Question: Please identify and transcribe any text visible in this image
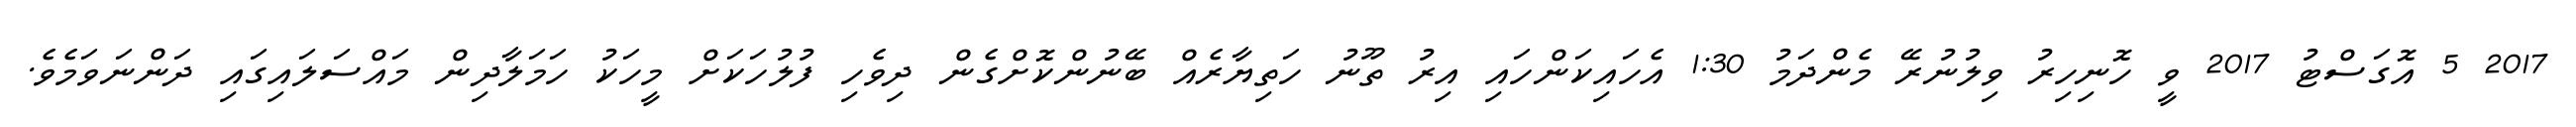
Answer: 2017 5 އޮގަސްޓު 2017 ވީ ހޮނިހިރު ވިލުނުރޭ މެންދަމު 1:30 އެހައިކަންހައި އިރު ތޫނު ހަތިޔާރެއް ބޭނުންކޮށްގެން ދިވެހި ފުލުހަކަށް މީހަކު ހަމަލާދިން މައްސަލައިގައި ދަންނަވަމެވެ.